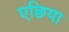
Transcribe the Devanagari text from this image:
एछिया